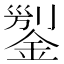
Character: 𨨬